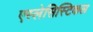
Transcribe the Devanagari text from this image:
एस्लेसिस्टिकल